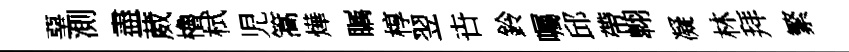
堊測盡葳櫓栻児篙燁瞩椁翌卋鈴囑邱帶翺凝林拜繁